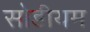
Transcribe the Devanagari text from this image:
सोडीयम